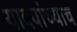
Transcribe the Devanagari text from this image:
यादवांच्याच